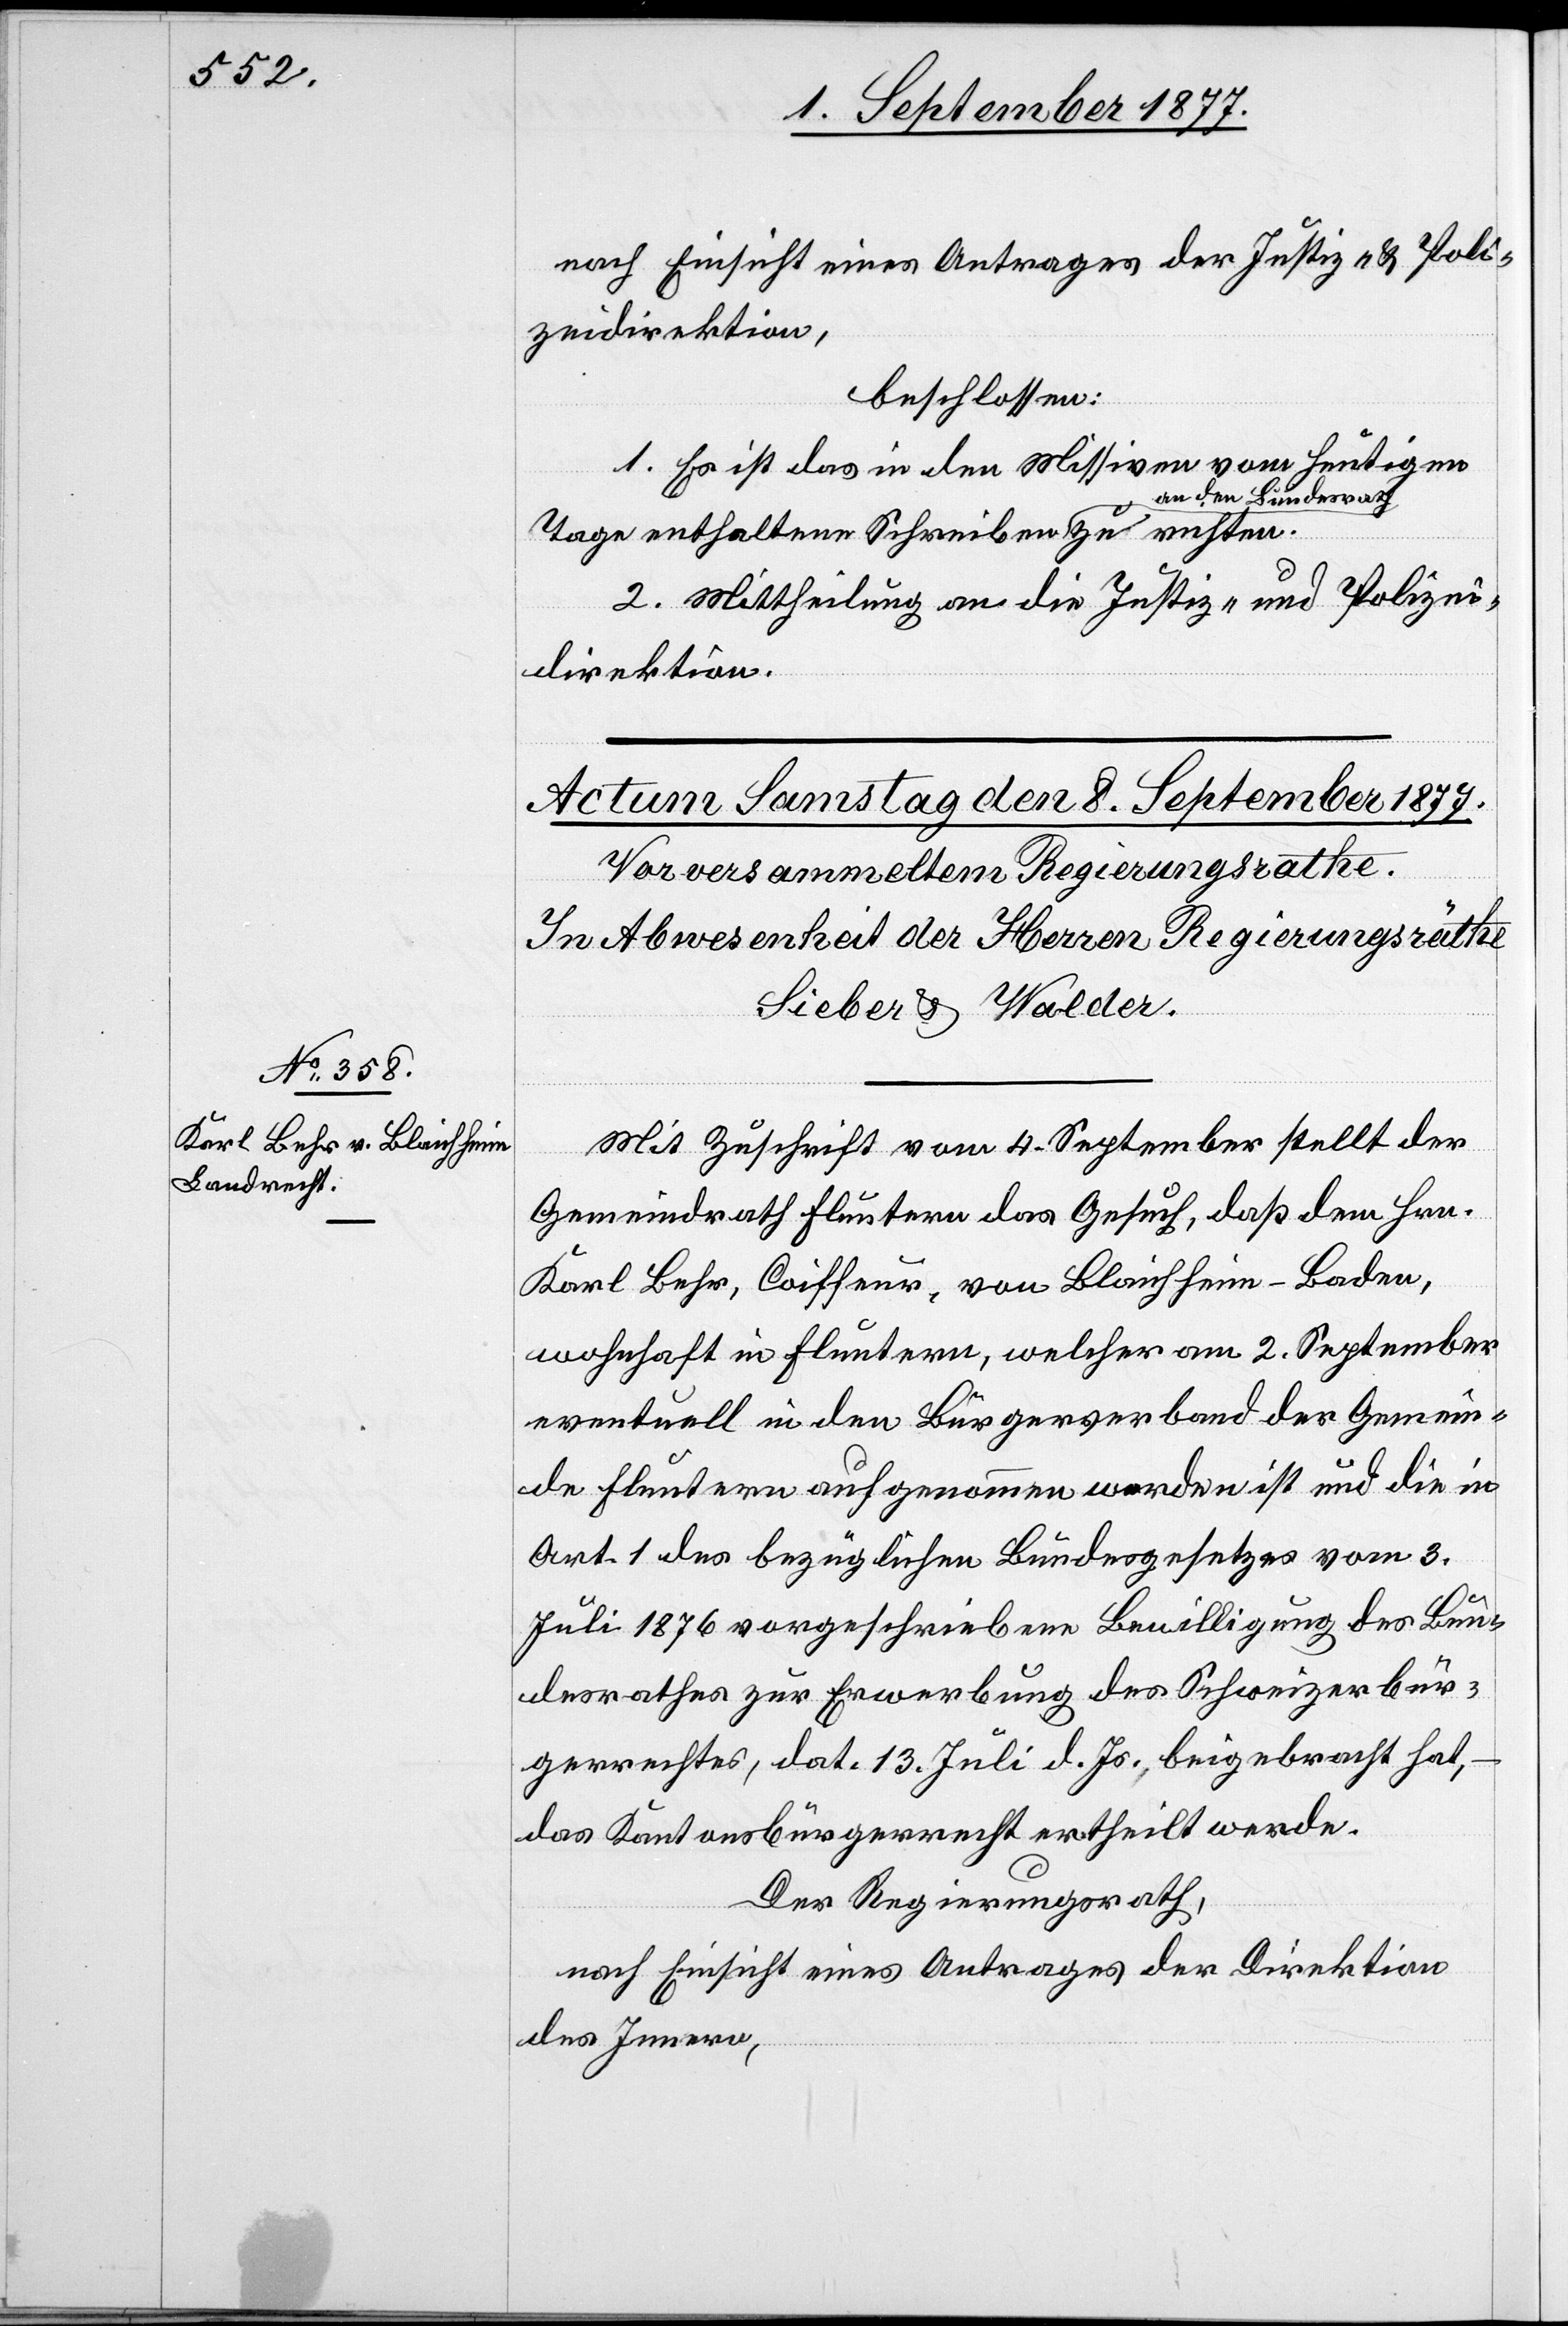
nach Einsicht eines Antrages der Justiz- & Poli¬
zeidirektion,
beschlossen:
1. Es ist das in den Missiven vom heutigen
Tage enthaltene Schreiben an den
2. Mittheilung an die Justiz- und Polizei¬
direktion.
richten.
Mit Zuschrift vom 4. September stellt der
Gemeindrath Fluntern das Gesuch, daß dem Hrn.
Karl Behr, Coiffeur, von Blaichheim - Baden,
wohnhaft in Fluntern, welcher am 2. September
eventuell in den Bürgerverband der Gemein¬
de Fluntern aufgenommen worden ist und die in
Art. 1 des bezüglichen Bundesgesetzes vom 3.
Juli 1876 vorgeschriebene Bewilligung des Bun¬
desrathes zur Erwerbung des Schweizerbür¬
gerrechtes, dat. 13. Juli d. Js., beigebracht hat,
das Kantonsbürgerrecht ertheilt werde.
Der Regierungsrath,
nach Einsicht eines Antrages der Direktion
des Innern,